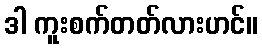
ဒါ ကူးစက်တတ်လားဟင်။